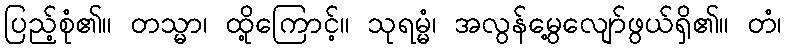
ပြည့်စုံ၏။ တသ္မာ၊ ထို့ကြောင့်။ သုရမ္မံ၊ အလွန်မွေ့လျော်ဖွယ်ရှိ၏။ တံ၊